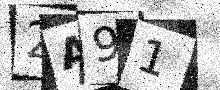
Text: 2A91